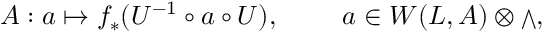
A : a \mapsto f _ { * } ( U ^ { - 1 } \circ a \circ U ) , \ \qquad a \in W ( L , { \cal A } ) \otimes { \scriptstyle \bigwedge } ,